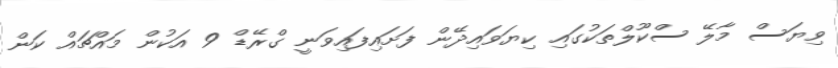
ވިޔަސް މާލޭ ސްކޫލްތަކުގައި ކިޔަވައިދޭން ފަށައިފައިވަނީ ގްރޭޑް 9 އަކުން މައްޗައް ކަން